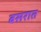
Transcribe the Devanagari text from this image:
बसरात